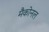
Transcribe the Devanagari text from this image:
मैकोनल